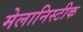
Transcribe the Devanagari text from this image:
मेलानिस्टीक